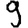
Digit: 9